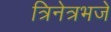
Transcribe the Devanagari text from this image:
त्रिनेत्रभजे